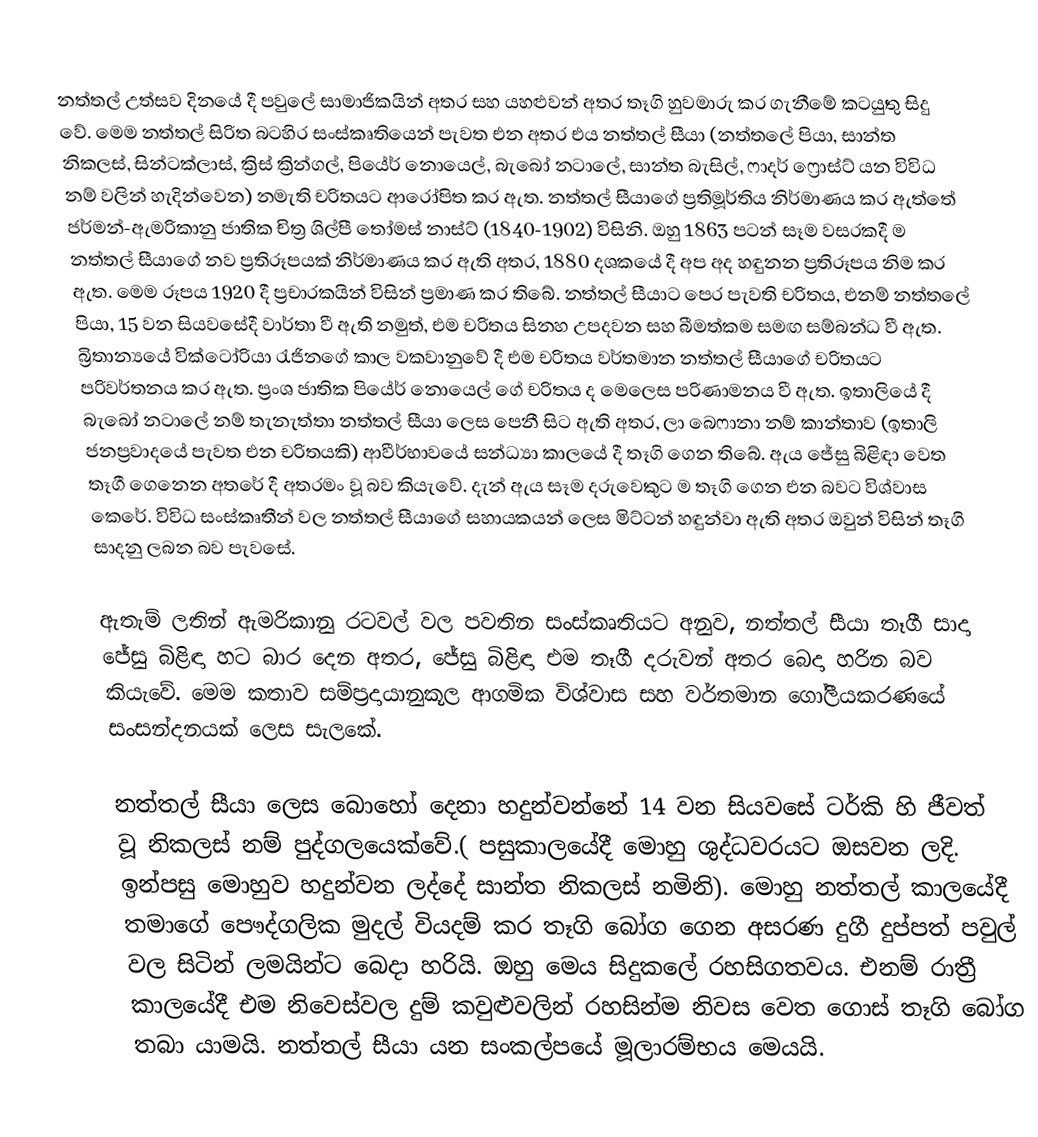
නත්තල් උත්සව දිනයේ දී පවුලේ සාමාජිකයින් අතර සහ යහළුවන් අතර තෑගි හුවමාරු කර ගැනීමේ කටයුතු සිදු වේ. මෙම නත්තල් සිරිත බටහිර සංස්කෘතියෙන් පැවත එන අතර එය නත්තල් සීයා (නත්තලේ පියා, සාන්ත නිකලස්, සින්ටක්ලාස්, ක්‍රිස් ක්‍රින්ගල්, පියේර් නොයෙල්, බැබෝ නටාලේ, සාන්ත බැසිල්, ෆාදර් ෆ්‍රො‍ස්ට් යන විවිධ නම් වලින් හැදින්වෙන) නමැති චරිතයට ආරෝපිත කර ඇත. නත්තල් සීයාගේ ප්‍රතිමූර්තිය නිර්මාණය කර ඇත්තේ ජර්මන්-ඇමරිකානු ජාතික චිත්‍ර ශිල්පී තෝමස් නාස්ට් (1840-1902) විසිනි. ඔහු 1863 පටන් සෑම වසරකදී ම නත්තල් සීයාගේ නව ප්‍රතිරූපයක් නිර්මාණය කර ඇති අතර, 1880 දශකයේ දී අප අද හඳුනන ප්‍රතිරූපය නිම කර ඇත. මෙම රූපය 1920 දී ප්‍රචාරකයින් විසින් ප්‍රමාණ කර තිබේ. නත්තල් සීයා‍ට පෙර පැවති චරිතය, එනම් නත්තලේ පියා, 15 වන සියවසේදී වාර්තා වී ඇති නමුත්, එම චරිතය සිනහ උපදවන සහ බීමත්කම සමඟ සම්බන්ධ වී ඇත. බ්‍රිතාන්‍යයේ වික්ටෝරියා රැජින‍ගේ කාල වකවානුවේ දී එම චරිතය වර්තමාන නත්තල් සීයාගේ චරිතයට පරිවර්තනය කර ඇත. ප්‍රංශ ජාතික පියේර් නොයෙල් ගේ චරිතය ද මෙලෙස පරිණාමනය වී ඇත. ඉතාලියේ දී බැබෝ නටාලේ නම් තැනැත්තා නත්තල් සීයා ලෙස පෙනී සිට ඇති අතර, ලා බෙෆානා නම් කාන්තාව (ඉතාලි ජනප්‍රවාදයේ පැවත එන චරිත‍යකි) ආවීර්භාවයේ සන්ධ්‍යා කාලයේ දී තෑගි ගෙන තිබේ. ඇය ජේසු බිළිඳා වෙත තෑගී ගෙනෙන අතරේ දී අතරමං වූ බව කියැවේ. දැන් ඇය සෑම දරුවෙකුට ම තෑගි ගෙන එන බවට විශ්වාස කෙරේ. විවිධ සංස්කෘතීන් වල නත්තල් සීයාගේ සහායකයන් ලෙස මිට්ටන් හඳුන්වා ඇති අතර ඔවුන් විසින් තෑගි සාදනු ලබන බව පැවසේ.

ඇතැම් ලතින් ඇමරිකානු රටවල් වල පවතින සංස්කෘතියට අනුව, නත්තල් සීයා තෑගී සාදා ජේසු බිළිඳා හට බාර දෙන අතර, ජේසු බිළිඳා එම තෑගී දරුවන් අතර බෙදා හරින බව කියැවේ. මෙම කතාව සම්ප්‍රදායානුකූල ආගමික විශ්වාස සහ වර්තමාන ගෝලීයකරණයේ සංසන්දනයක් ලෙස සැලකේ.

 නත්තල් සීයා ලෙස බොහෝ දෙනා හදුන්වන්නේ 14 වන සියවසේ ටර්කි හි ජීවත් වූ නිකලස් නම් පුද්ගලයෙක්වේ.( පසුකාලයේදී මොහු ශුද්ධවරයට ඔසවන ලදි. ඉන්පසු මොහුව හදුන්වන ලද්දේ සාන්ත නිකලස් නමිනි). මොහු නත්තල් කාලයේදී තමාගේ පෞද්ගලික මුදල් වියදම් කර තෑගි බෝග ගෙන අසරණ දුගී දුප්පත් පවුල් වල සිටින් ලමයින්ට බෙදා හරියි. ඔහු මෙය සිදුකලේ රහසිගතවය. එනම් රාත්‍රී කාලයේදී එම නිවෙස්වල දුම් කවුළුවලින් රහසින්ම නිවස වෙත ගොස් තෑගි බෝග තබා යාමයි. නත්තල් සීයා යන සංකල්පයේ මූලාරම්භය මෙයයි.